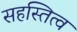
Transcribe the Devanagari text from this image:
सहस्तित्व